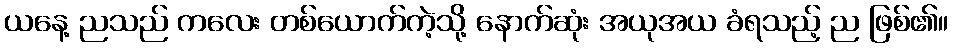
ယနေ့ ညသည် ကလေး တစ်ယောက်ကဲ့သို့ နောက်ဆုံး အယုအယ ခံရသည့် ည ဖြစ်၏။